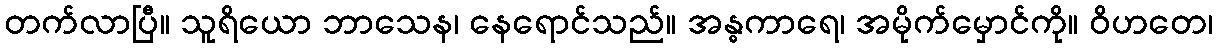
တက်လာပြီ။ သူရိယော ဘာသေန၊ နေရောင်သည်။ အန္ဓကာရေ၊ အမိုက်မှောင်ကို။ ဝိဟတေ၊